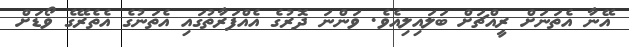
އޭނާ އެތަނަށް ރީއްޗަށް ބަލައިލިއެވެ. ވަންނަ ދޮރުގެ އެއްފަރާތުގައި އެތަނުގެ އެތެރޭގެ ވޯޑަށް